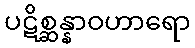
ပဋိစ္ဆန္နာဝဟာရော